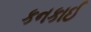
કનકાઈ